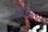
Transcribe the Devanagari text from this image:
व्हाटमोर।